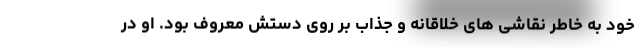
خود به خاطر نقاشی های خلاقانه و جذاب بر روی دستش معروف بود. او در